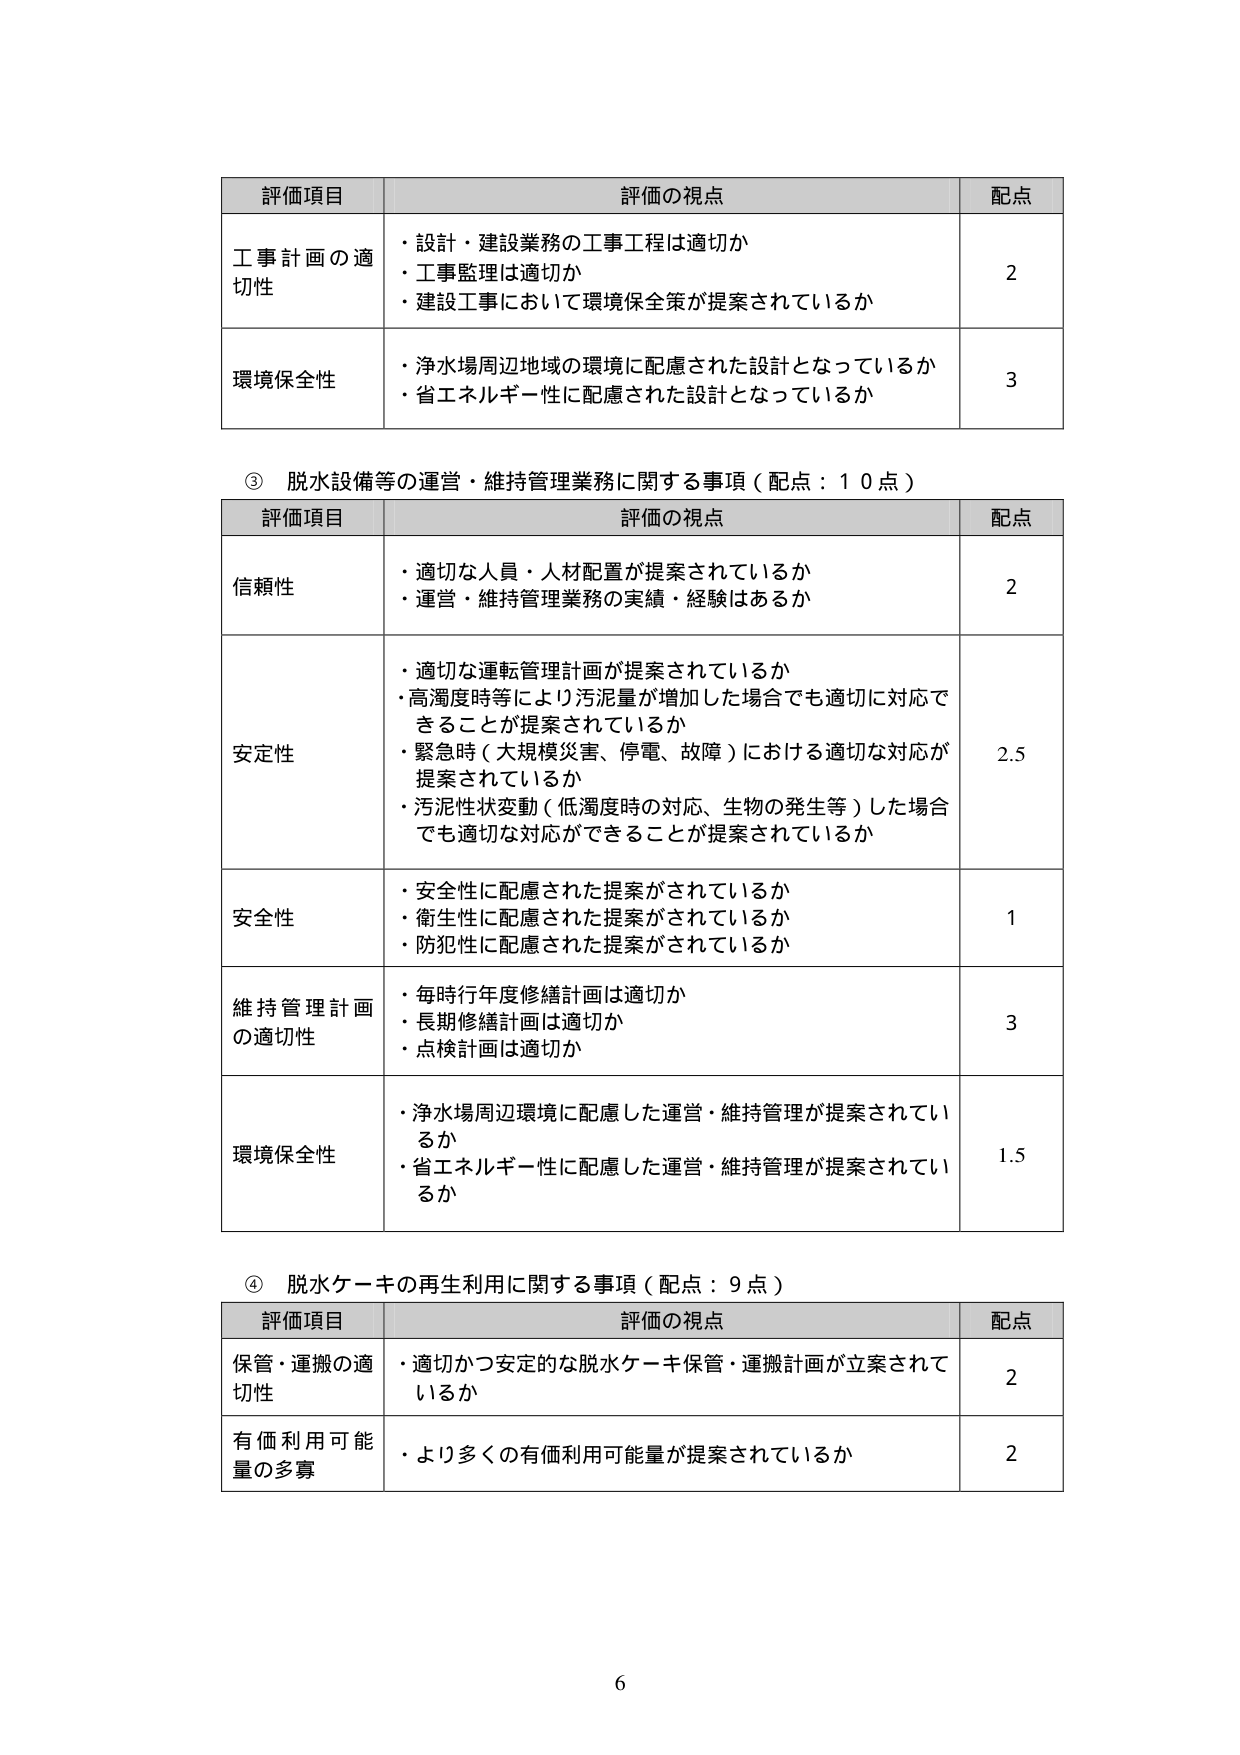
評価項目　評価の視点　配点
工事計画の適切性　・設計・建設業務の工事工程は適切か
・工事監理は適切か
・建設工事において環境保全策が提案されているか　2
環境保全性　・浄水場周辺地域の環境に配慮された設計となっているか
・省エネルギー性に配慮された設計となっているか　3

③ 脱水設備等の運営・維持管理業務に関する事項（配点：10点）
評価項目　評価の視点　配点
信頼性　・適切な人員・人材配置が提案されているか
・運営・維持管理業務の実績・経験はあるか　2
安定性　・適切な運転管理計画が提案されているか
・高濁度時等により汚泥量が増加した場合でも適切に対応できることが提案されているか
・緊急時（大規模災害、停電、故障）における適切な対応が提案されているか
・汚泥性状変動（低濁度時の対応、生物の発生等）した場合でも適切な対応ができることが提案されているか　2.5
安全性　・安全性に配慮された提案がされているか
・衛生性に配慮された提案がされているか
・防犯性に配慮された提案がされているか　1
維持管理計画の適切性　・毎時行年度修繕計画は適切か
・長期修繕計画は適切か
・点検計画は適切か　3
環境保全性　・浄水場周辺環境に配慮した運営・維持管理が提案されているか
・省エネルギー性に配慮した運営・維持管理が提案されているか　1.5

④ 脱水ケーキの再生利用に関する事項（配点：9点）
評価項目　評価の視点　配点
保管・運搬の適切性　・適切かつ安定的な脱水ケーキ保管・運搬計画が立案されているか　2
有価利用可能量の多寡　・より多くの有価利用可能量が提案されているか　2

6